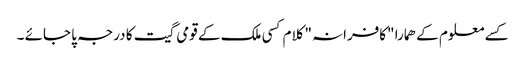
کسے معلوم کے ھمارا "کافرانہ" کلام کسی ملک کے قومی گیت کا درجہ پا جائے ۔